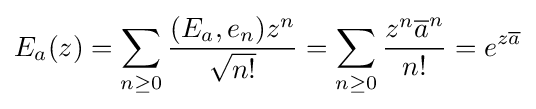
E_{a}(z)=\sum _{n\geq 0}{(E_{a},e_{n})z^{n} \over {\sqrt {n!}}}=\sum _{n\geq 0}{z^{n}{\overline {a}}^{n} \over n!}=e^{z{\overline {a}}}